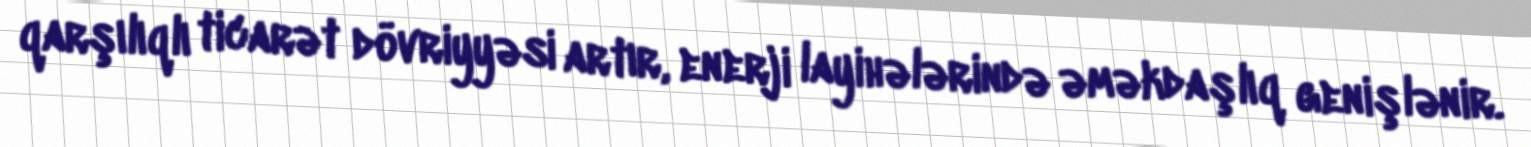
qarşılıqlı ticarət dövriyyəsi artır, enerji layihələrində əməkdaşlıq genişlənir.